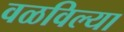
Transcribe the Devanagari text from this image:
वळविल्या